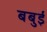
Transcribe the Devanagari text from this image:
बबुई